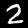
Label: 2